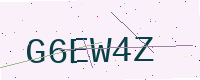
Text: G6EW4Z